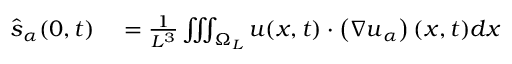
\begin{array} { r l } { \hat { \boldsymbol s } _ { \alpha } ( 0 , t ) } & { { } = \frac { 1 } { L ^ { 3 } } \iiint _ { \Omega _ { L } } \boldsymbol u ( \boldsymbol x , t ) \cdot \left( \nabla \boldsymbol u _ { \alpha } \right) ( \boldsymbol x , t ) d \boldsymbol x } \end{array}